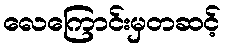
လေကြောင်းမှတဆင့်